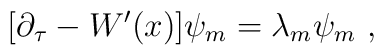
[\partial_{\tau}  - W^{\prime}(x)] \psi_m = \lambda_m \psi_m~,